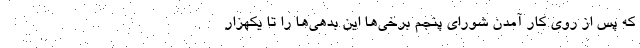
که پس از روی کار آمدن شورای پنجم برخی‌ها این بدهی‌ها را تا یکهزار